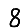
Digit: 8